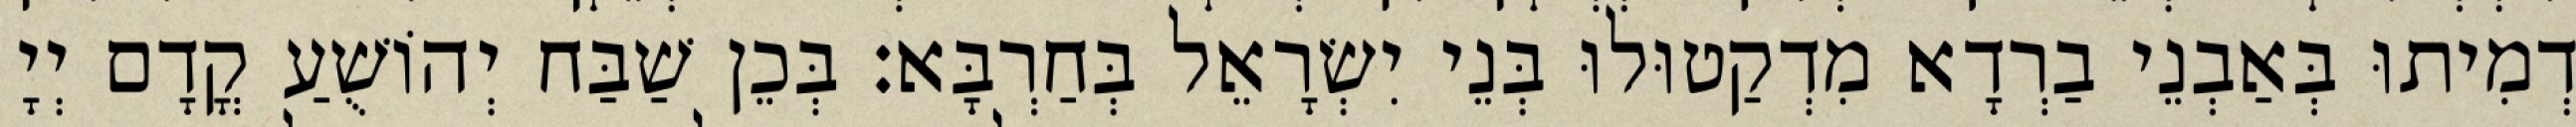
דְמִיתוּ בְּאַבְנֵי בַרְדָא מִדְקַטוּלוּ בְּנֵי יִשְׂרָאֵל בְּחַרְבָּא׃ בְּכֵן שַׁבַּח יְהוֹשֻׁעַ קֳדָם יְיָ